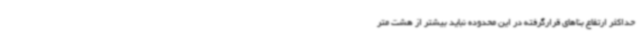
حداکثر ارتفاع بناهای قرارگرفته در این محدوده نباید بیشتر از هشت متر